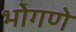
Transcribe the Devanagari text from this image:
भोगणे